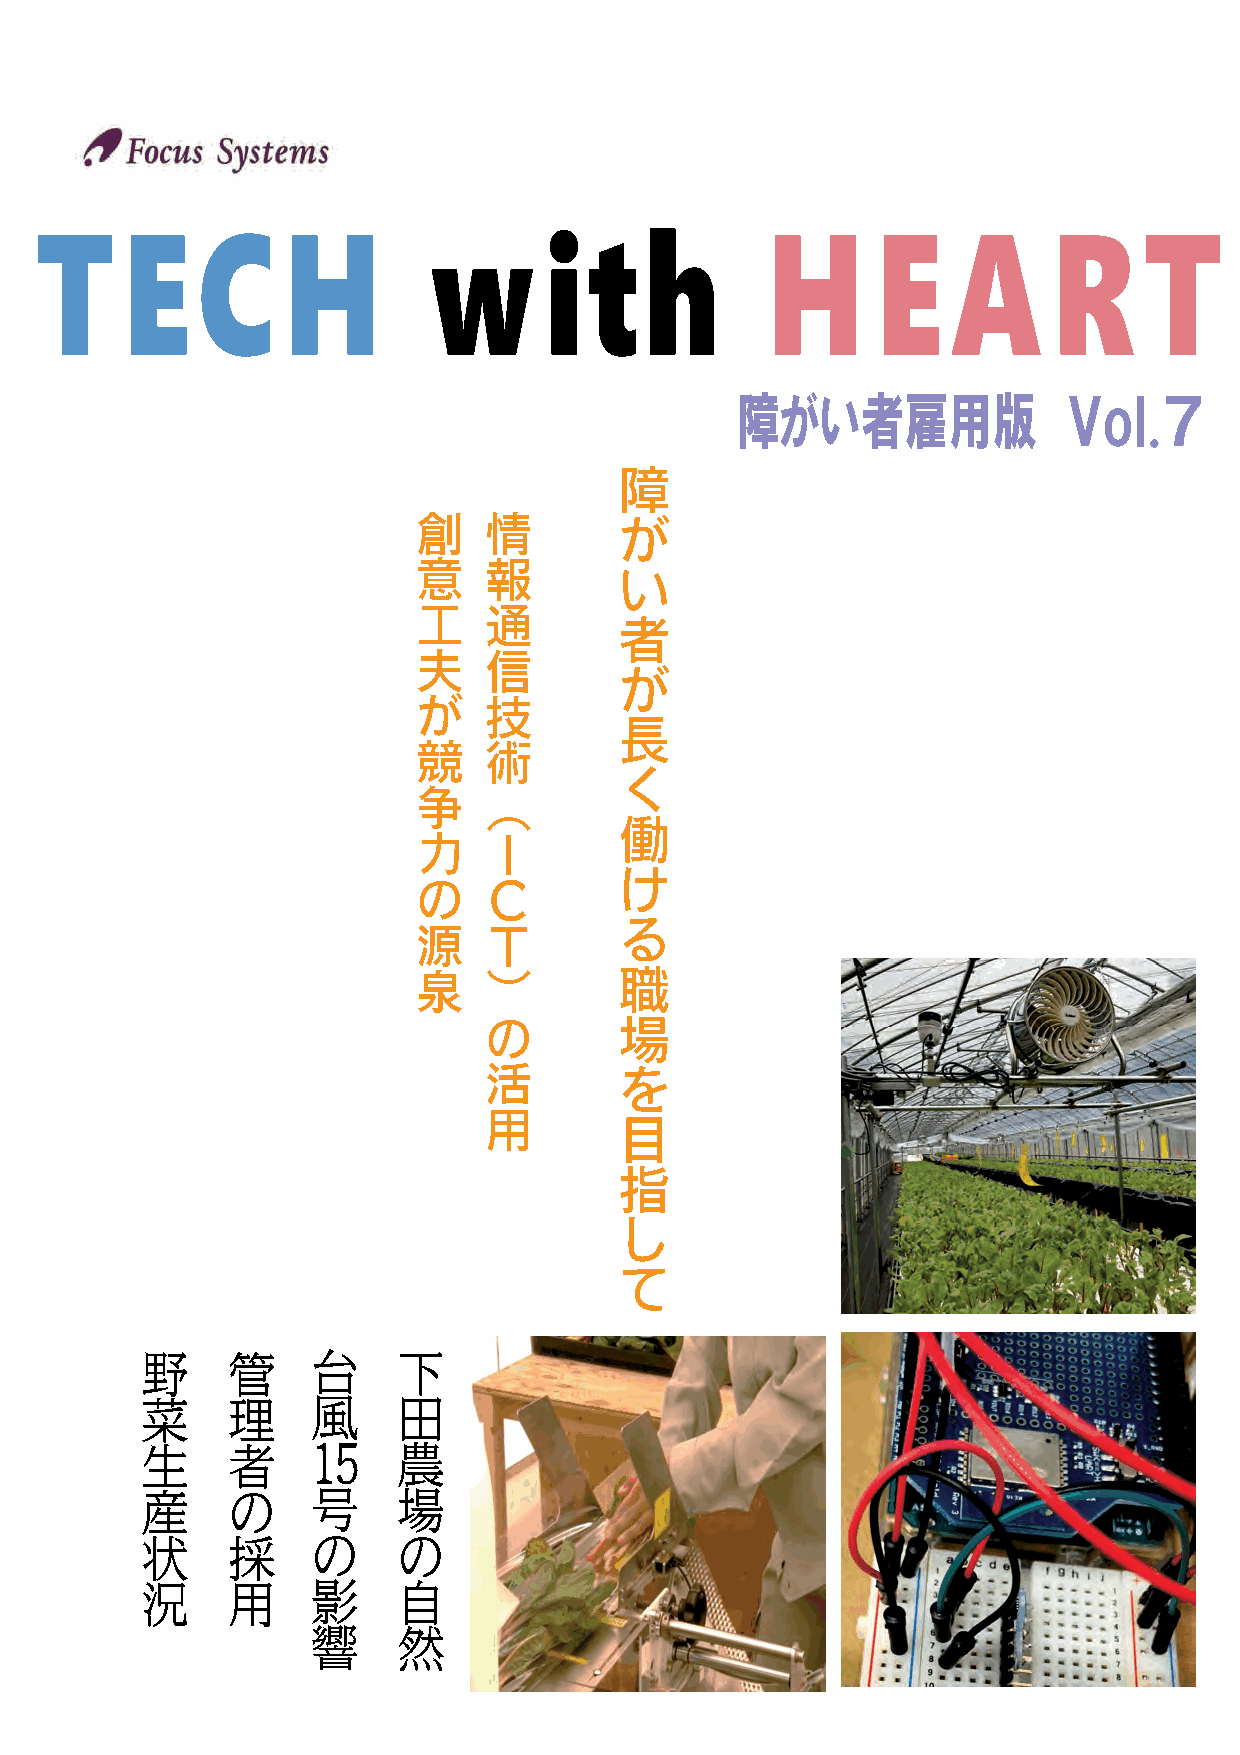
障がい者雇用版               Vol.７
 障
 創   情        が
 意   報
 い
 工   通
 者
 夫   信
 が
 が   技
 長
 競   術
 く
 争   （
 働
 力   Ｉ
 け
 の   Ｃ
 る
 源   Ｔ
 泉   ）        職
 の        場
 活        を
 用
 目
 指
 し
 て
 野     管     台    下
 菜     理     風    田
 生     者     15   農
 産     の     号    場
 状     採     の    の
 況     用     影    自
 響    然